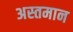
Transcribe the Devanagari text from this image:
अस्तमान